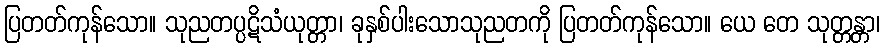
ပြတတ်ကုန်သော။ သုညတပ္ပဋိသံယုတ္တာ၊ ခုနှစ်ပါးသောသုညတကို ပြတတ်ကုန်သော။ ယေ တေ သုတ္တန္တာ၊